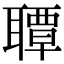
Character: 𦗡